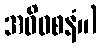
အဓိဝစနံ။)